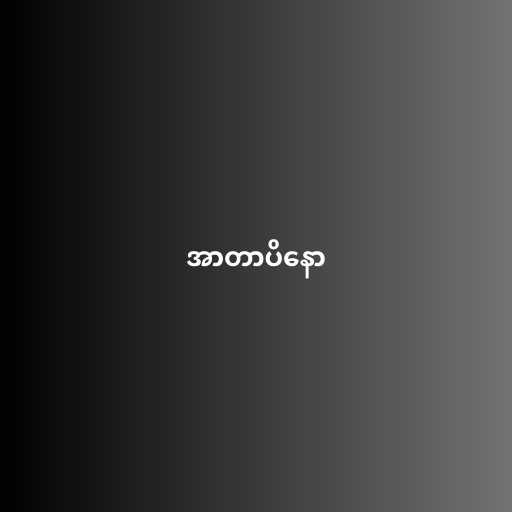
အာတာပိနော